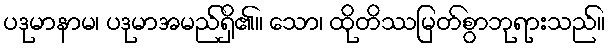
ပဒုမာနာမ၊ ပဒုမာအမည်ရှိ၏။ သော၊ ထိုတိဿမြတ်စွာဘုရားသည်။